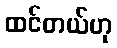
ထင်တယ်ဟု